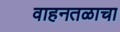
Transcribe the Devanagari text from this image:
वाहनतळाचा